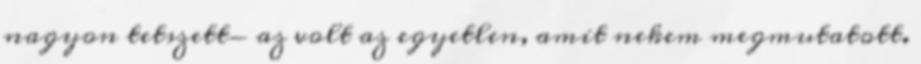
nagyon tetszett- az volt az egyetlen, amit nekem megmutatott.